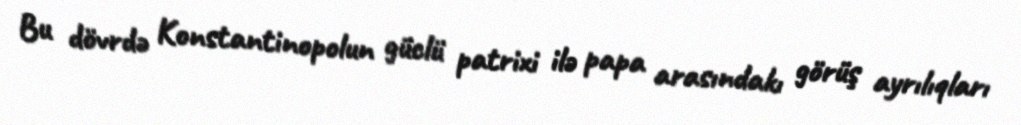
Bu dövrdə Konstantinopolun güclü patrixi ilə papa arasındakı görüş ayrılıqları